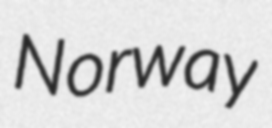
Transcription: Norway